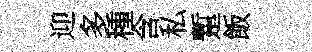
迎多種含私蹔飯